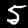
Digit: 5